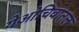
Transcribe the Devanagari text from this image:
येओचिवातल